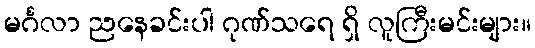
မင်္ဂလာ ညနေခင်းပါ ဂုဏ်သရေ ရှိ လူကြီးမင်းများ။